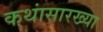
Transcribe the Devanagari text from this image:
कथांसारख्या